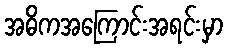
အဓိကအကြောင်းအရင်းမှာ